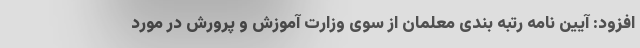
افزود: آیین نامه رتبه بندی معلمان از سوی وزارت آموزش و پرورش در مورد